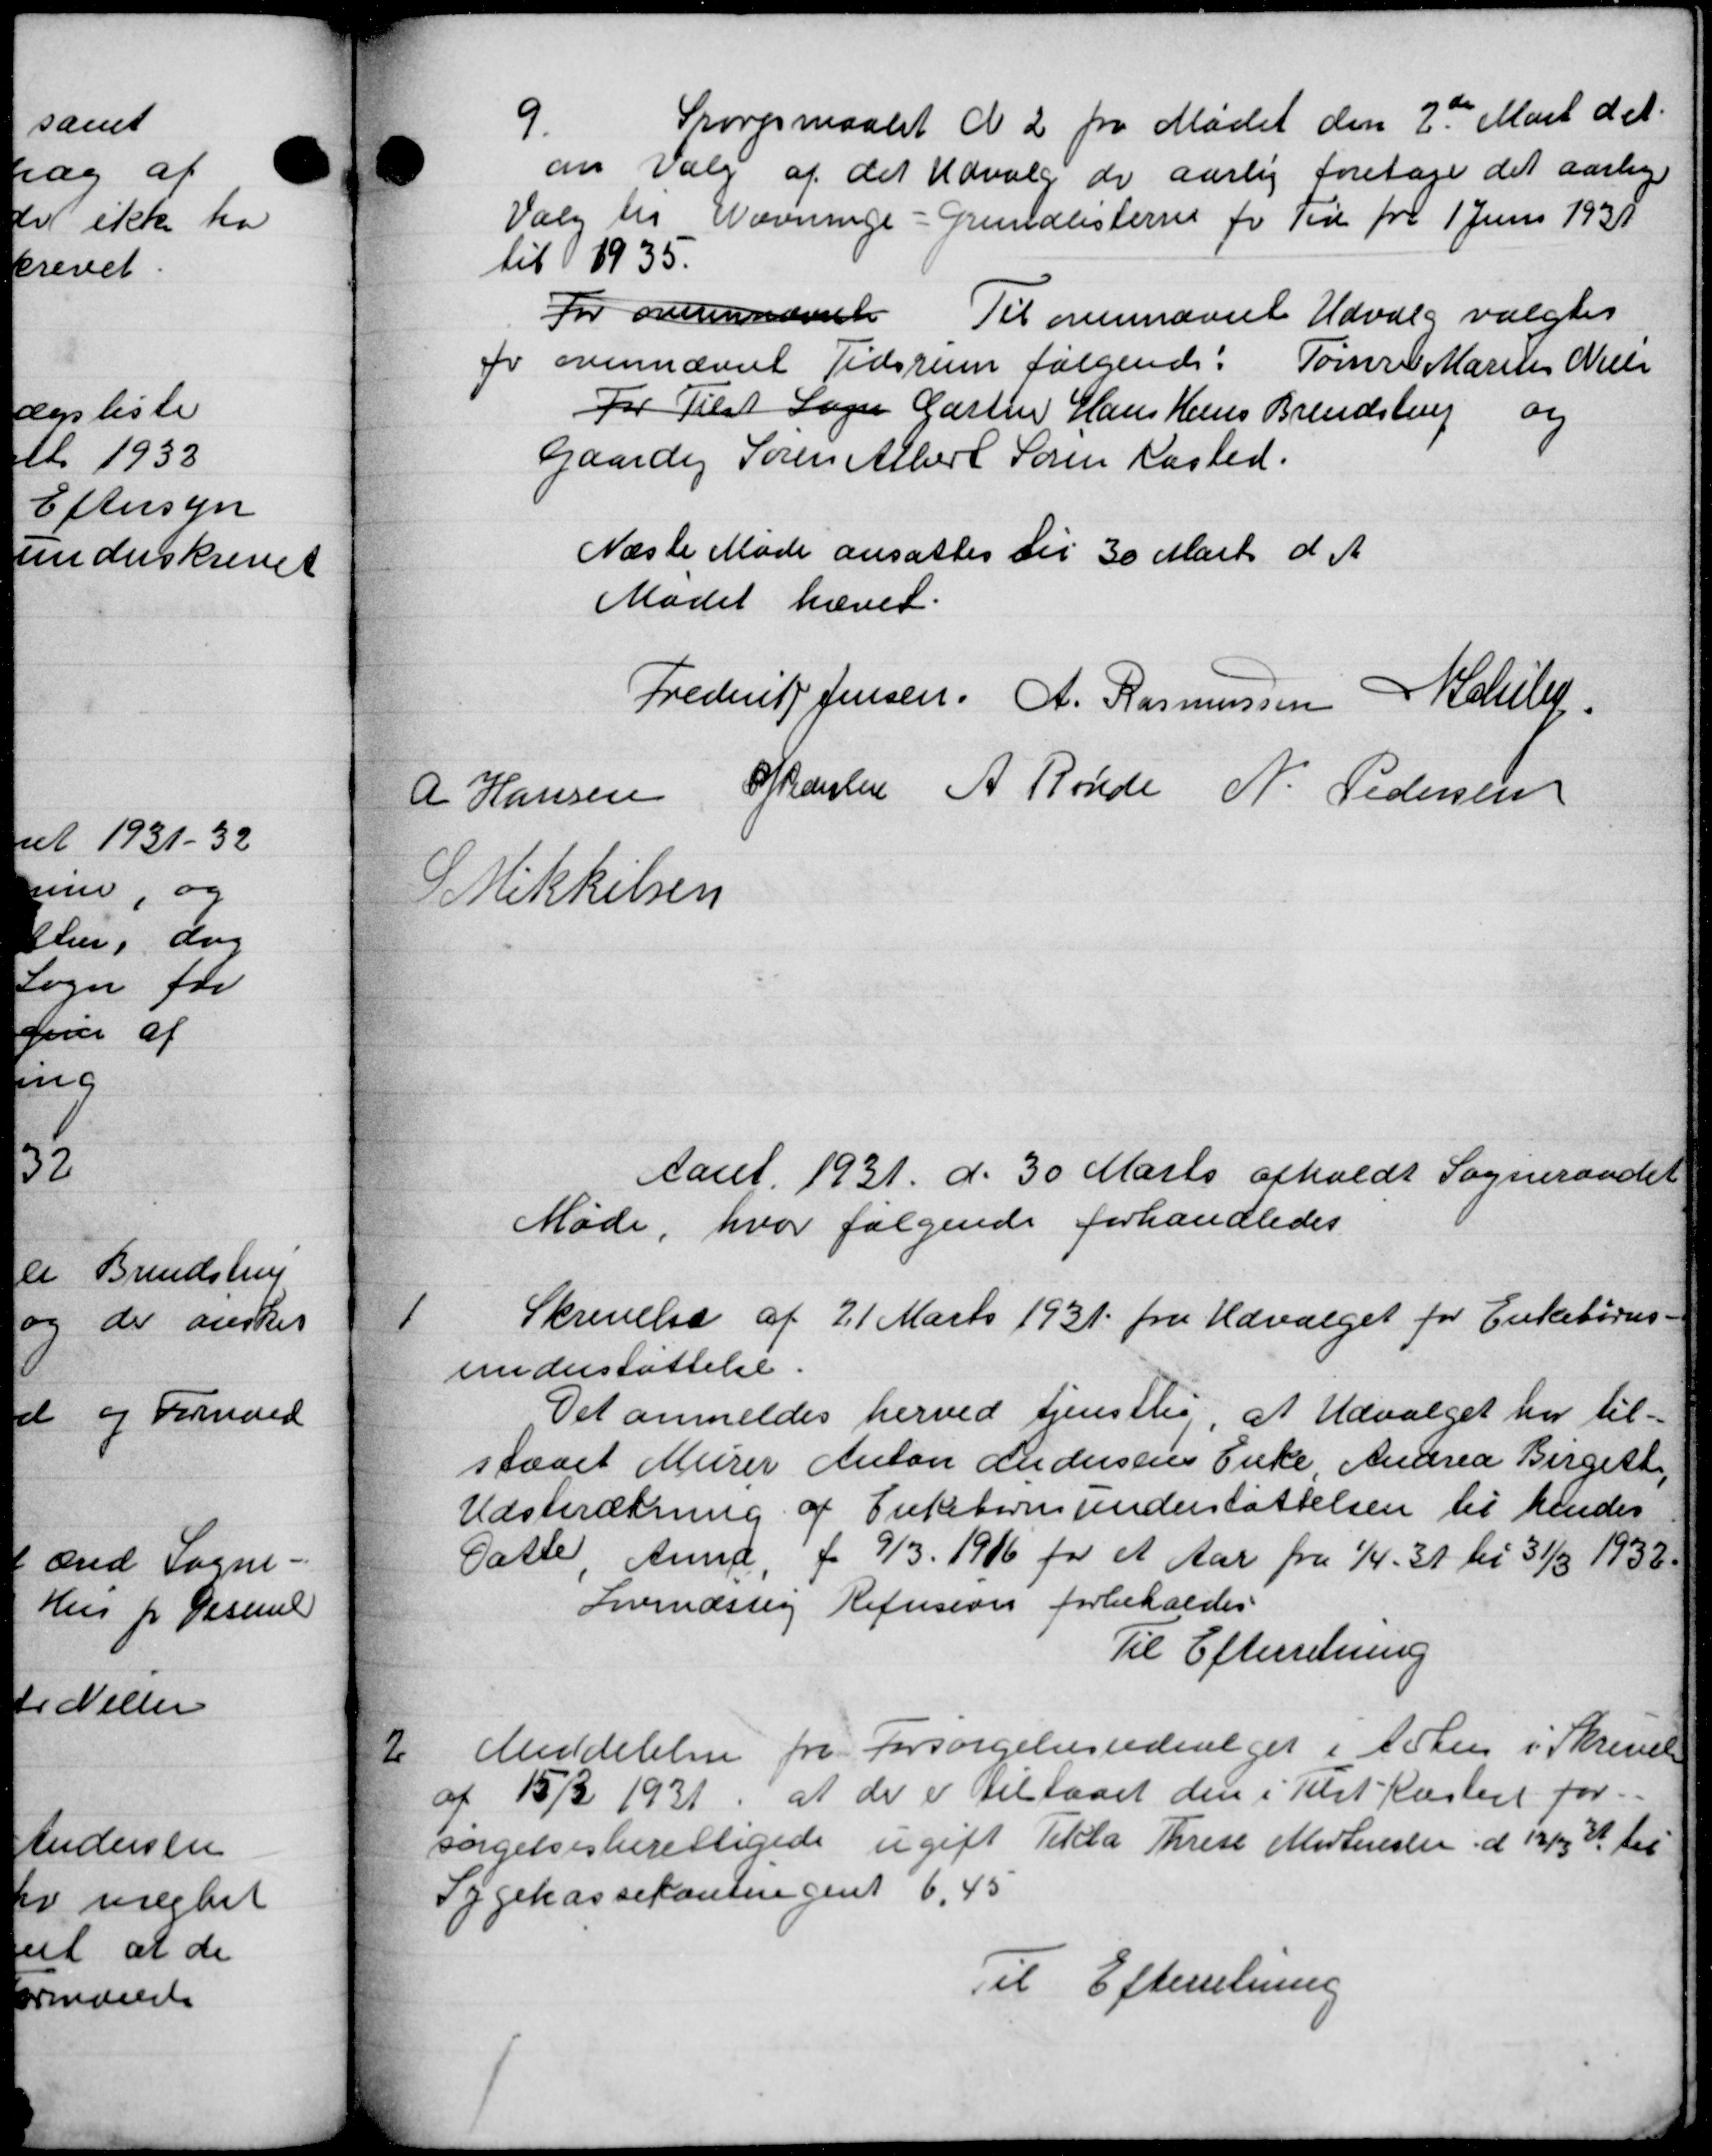
Transskription:
9.
Spørgsmaalet c 2 fra Mødet den 2de Marts d. A.
an Valg af det Udvalg de aarlig foretage det aarlig
Valg til Nævninge-Grundlisterne for Tid fra 1 Juni 1931
til 1935.
For ovennævnte Til ovennævnt Udvalg valgtes
fo ovennævnt Tidsrum følgende: Tømrer Marius Niels
For Tilst Læger Gartner Hans Hans Brendstrup og
Gaardej Søren Albert Søren Kasted.
Næste Møde ansattes til 30 Marts d A
Mødet hævet.
Frederik Jensen, A. Rasmussen Kelle
A Hansen Charlen A Rønde N. Pedersen
S Mikkelsen
Aaret 1931 d. 30 Marts afholdt Sogneraadet
Møde, hvor følgende forhandledes
1
Skrivelse af 21 Marts 1931 fra Udvalget for Enkebørns-
understøttelse.
Det anmeldes herved tjenstlig at Udvalget har til-
staaet Murer Anton Andersens Enke Andrea Birgett
Udstrækning af Enkebørnsunderstøttelsen til hendes
Datte Anne, f. 9/3 1916 for et Aar fra 1/4 - 31 til 31/3 1933.
Irvindssig Refusion forbeholdes
Til Efterretning
2
Meddelelse fra Forsørgelsesudvalget i Århus i Skrivel
af 15/3 1931, at de er tilstaaet den i Tilst Kastent for
sørgelsesberettigede ugift Tekla Trese Mortensler d 12/3 % til
Sygekassekontingent 6,45
Til Efterretning